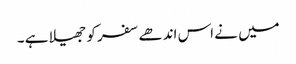
میں نے اس اندھے سفر کو جھیلا ہے ۔